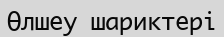
Өлшеу шариктері